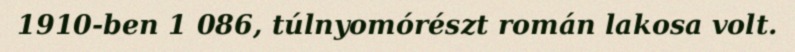
1910-ben 1 086, túlnyomórészt román lakosa volt.